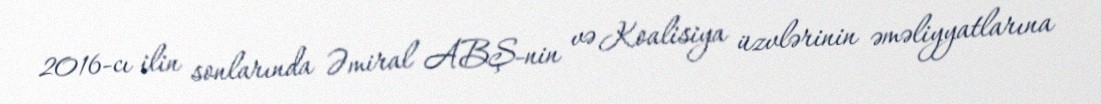
2016-cı ilin sonlarında Əmiral ABŞ-nin və Koalisiya üzvlərinin əməliyyatlarına